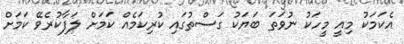
އެކަމަކު މިއީ މީހަކު ނުވަތަ ބަޔަކު ގަސްތުގައި ކުރިކަމެއް ކަމަށް ލަފާކުރެވޭ ކަމަށް